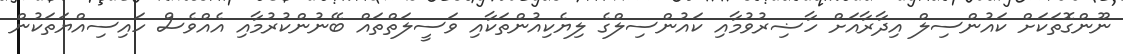
ނޫންގޮތަކަށް ކައުންސިލް އިދާރާއަށް ހާޟިރުވުމާއި ކައުންސިލްގެ ލިޔެކިއުންތަކާއި ވަސީލަތްތައް ބޭނުންކުރުމާއި އެއްވެސް ހައިސިއްޔަތަކުން